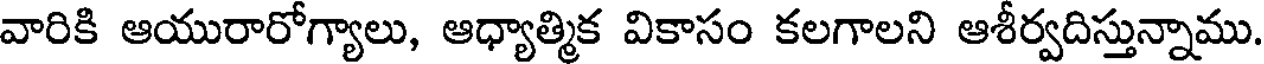
వారికి ఆయురారోగ్యాలు, ఆధ్యాత్మిక వికాసం కలగాలని ఆశీర్వదిస్తున్నాము.